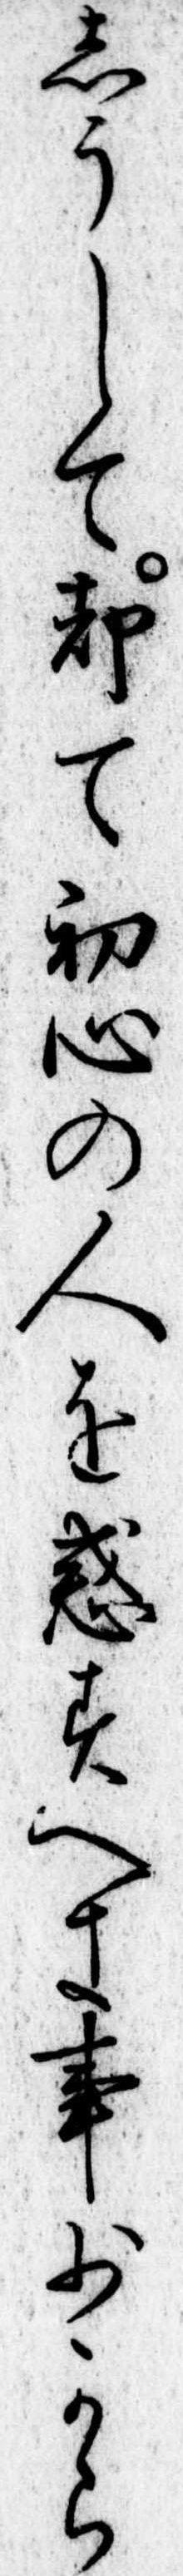
しうして却て初心の人を惑すへき事少から